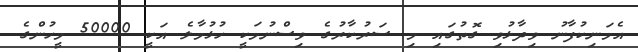
އެމަނިކުފާނު ވިދާޅުވި ގޮތުގައި މި ސަރުކާރުގެ ވިސްނުމަކީ ހުޅުމާލެ އަކީ 50000 މީހުންގެ